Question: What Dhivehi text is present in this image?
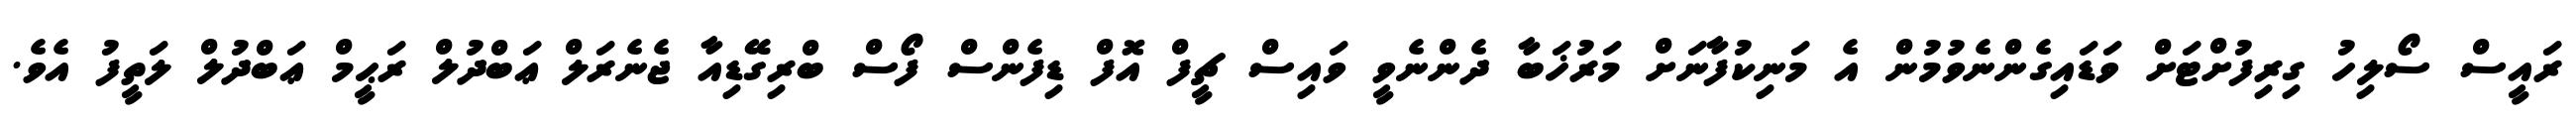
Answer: ރައީސް ސޯލިހު ގިރިފުށްޓަށް ވަޑައިގެންނެވުމުން އެ މަނިކުފާނަށް މަރުޚަބާ ދެންނެވީ ވައިސް ޗީފް އޮފް ޑިފެންސް ފޯސް ބްރިގޭޑިއާ ޖެނެރަލް ޢަބްދުލް ރަޙީމް ޢަބްދުލް ލަތީފު އެވެ.